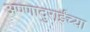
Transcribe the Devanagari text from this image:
अण्णादुराईंच्या